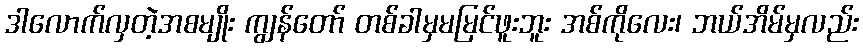
ဒါလောက်လှတဲ့အစမျိုး ကျွန်တော် တစ်ခါမှမမြင်ဖူးဘူး အစ်ကိုလေး၊ ဘယ်အိမ်မှလည်း